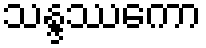
သန္ဒဿကော